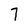
Character: 7